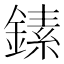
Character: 𬫵